Vital statistics of India. Vol. VI, European troops 1870-79
Year: 1870
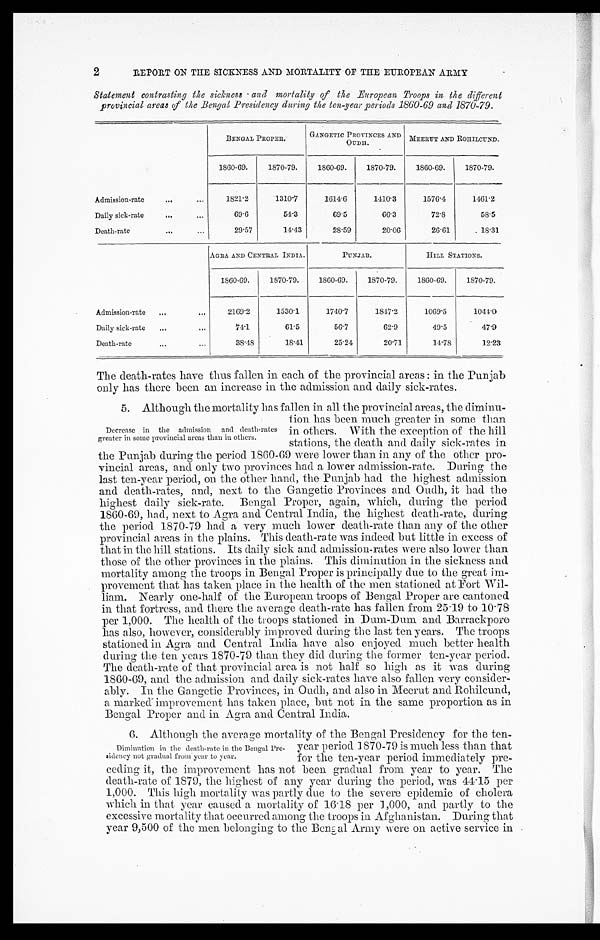
2
REPORT ON THE SICKNESS AND MORTALITY OF THE EUROPEAN ARMY
Statement contrasting the sickness and mortality of the European Troops in the different
provincial areas of the Bengal Presidency during the ten-year periods 1860-69 and 1870-79.
BENGAL PROPER.
GANGETIC PROVINCES AND
OUDH.
MEERUT AND ROHILCUND.
1860-69.
1870-79.
1860-69.
1870-79.
1860-69.
1870-79.
Admission-rate... ...
1821.2
1310.7
1614.6
1410.3
1576.4
1461.2
Daily sick-rate...
... 69.6
54.3
69.5
66.3
72.8
58.5
Death-rate
...
...
29.57
14.43
28.59
20.06
26.61
18.31
AGRA AND CENTRAL INDIA.
PUNJAB.
HILL STATIONS.
1860-69.
1870-79.
1860-69.
1870-79.
1860-69.
1870-79.
Admission-rate
...
. . .
2169.2
1530.1
1740.7
1847.2
1069.5
1044.0
Daily sick-rate
... ...
74.1
61.5
56.7
62.9
49.5
47.9
Death-rate ...
... 38.48
18.41
25.24
20.71
14.78
12.23
The death-rates have thus fallen in each of the provincial areas : in the Punjab
only has there been an increase in the admission and daily sick-rates.
5. Although the mortality has fallen in all the provincial areas, the diminu-
Decrease in the admission and death-rates
greater in some provincial areas than in others.
tion has been much greater in some than
in others. With the exception of the hill
stations, the death and daily sick-rates in
the Punjab during the period 1860-69 were lower than in any of the other pro-
vincial areas, and only two provinces had a lower admission-rate. During the
last ten-year period, on the other hand, the Punjab had the highest admission
and death-rates, and, next to the Gangetic Provinces and Oudh, it had the
highest daily sick-rate. Bengal Proper, again, which, during the period
1860-69, had, next to Agra and Central India, the highest death-rate, during
the period 1870-79 had a very much lower death-rate than any of the other
provincial areas in the plains. This death-rate was indeed but little in excess of
that in the hill stations. Its daily sick and admission-rates were also lower than
those of the other provinces in the plains. This diminution in the sickness and
mortality among the troops in Bengal Proper is principally due to the great im-
provement that has taken place in the health of the men stationed at Fort Wil-
liam. Nearly one-half of the European troops of Bengal Proper are cantoned
in that fortress, and there the average death-rate has fallen from 25.19 to 10.78
per 1,000. The health of the troops stationed in Dum-Dum and Barrackpore
has also, however, considerably improved during the last ten years. The troops
stationed in Agra and Central India have also enjoyed much better health
during the ten years 1870-79 than they did during the former ten-year period.
The death-rate of that provincial area is not half so high as it was during
1860-69, and the admission and daily sick-rates have also fallen very consider-
ably. In the Gangetic Provinces, in Oudh, and also in Meerut and Rohilcund,
a marked improvement has taken place, but not in the same proportion as in
Bengal Proper and in Agra and Central India.
6. Although the average mortality of the Bengal Presidency for the ten-
Diminution in the death-rate in the Bengal Pre-
sidency not gradual from year to year.
year period 1870-79 is much less than that
for the ten-year period immediately pre
-
ceding it, the improvement has not been gradual from year to year. The
death-rate of 1870, the highest of any year during the period, was 44.15 per
1,000. This high mortality was partly due to the severe epidemic of cholera
which in that year caused a mortality of 16.18 per 1,000, and partly to the
excessive mortality that occurred among the troops in Afghanistan. During that
year 9,500 of the men belonging to the Bengal Army were on active service in